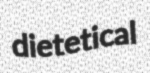
dietetical